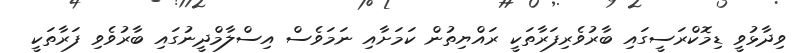
ވިދާޅުވީ ޑިމޮކްރަސީގައި ބާރުވެރިފަރާތަކީ ރައްޔިތުން ކަމަށާއި ނަމަވެސް އިސްލާމްދީނުގައި ބާރުވެވި ފަރާތަކީ